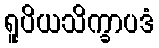
ရူပိယသိက္ခာပဒံ